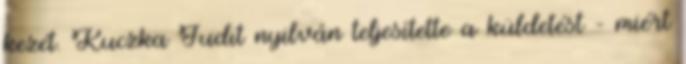
kezét. Kuczka Ju­dit nyilván teljesítette a küldetést – miért